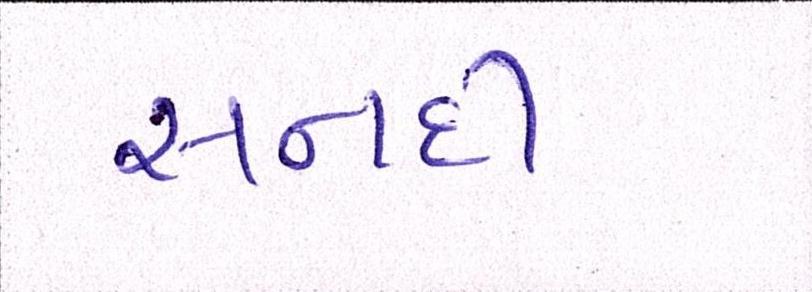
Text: સનદી